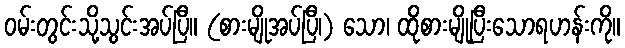
ဝမ်းတွင်းသို့သွင်းအပ်ပြီ။ (စားမျိုအပ်ပြီ၊) သော၊ ထိုစားမျိုပြီးသောရဟန်းကို။